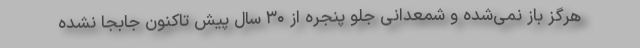
هرگز باز نمی‌شده و شمعدانی جلو پنجره از ۳۰ سال پیش تاکنون جابجا نشده